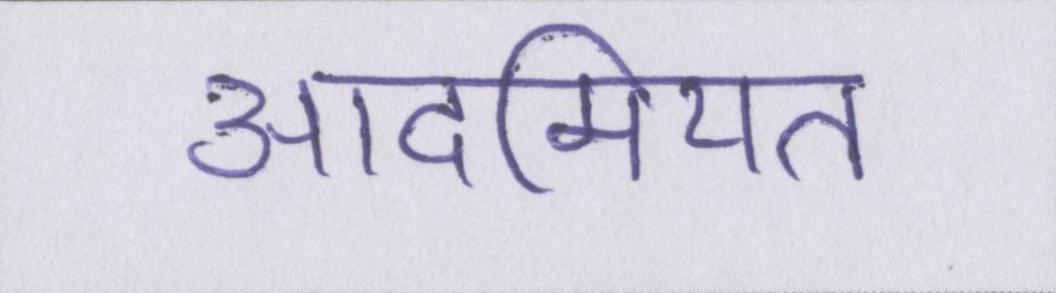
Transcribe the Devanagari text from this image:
आदमियत